Indian journal of veterinary science and animal husbandry - Volume 1,
Year: 1931
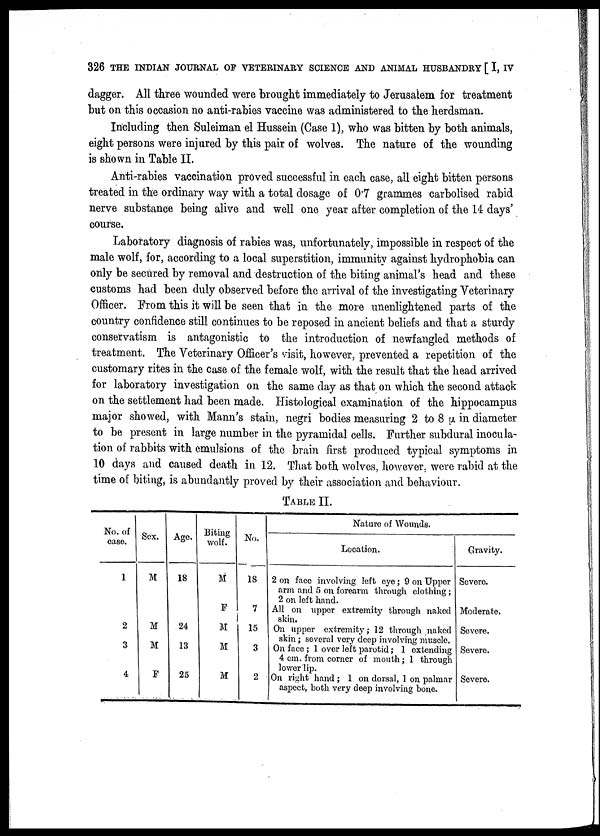
326 THE INDIAN JOURNAL OF VETERINARY SCIENCE AND ANIMAL HUSBANDRY [ I, IV
dagger. All three wounded were brought immediately to Jerusalem for treatment
but on this occasion no anti-rabies vaccine was administered to the herdsman.
Including then Suleiman el Hussein (Case 1), who was bitten by both animals,
eight persons were injured by this pair of wolves. The nature of the wounding
is shown in Table II.
Anti-rabies vaccination proved successful in each case, all eight bitten persons
treated in the ordinary way with a total dosage of 0.7 grammes carbolised rabid
nerve substance being alive and well one year after completion of the 14 days'
course.
Laboratory diagnosis of rabies was, unfortunately, impossible in respect of the
male wolf, for, according to a local superstition, immunity against hydrophobia can
only be secured by removal and destruction of the biting animal's head and these
customs had been duly observed before the arrival of the investigating Veterinary
Officer. From this it will be seen that in the more unenlightened parts of the
country confidence still continues to be reposed in ancient beliefs and that a sturdy
conservatism is antagonistic to the introduction of newfangled methods of
treatment. The Veterinary Officer's visit, however, prevented a repetition of the
customary rites in the case of the female wolf, with the result that the head arrived
for laboratory investigation on the same day as that on which the second attack
on the settlement had been made. Histological examination of the hippocampus
major showed, with Mann's stain, negri bodies measuring 2 to 8 Μ in diameter
to be present in large number in the pyramidal cells. Further subdural inocula
tion of rabbits with emulsions of the brain first produced typical symptoms in
10 days and caused death in 12. That both wolves, however, were rabid at the
time of biting, is abundantly proved by their association and behaviour.
TABLE II.
No. of
case.
1
2
3
4
Sex.
M
M
M
F
Age.
18
24
13
25
Biting
wolf.
M
F
M
M
M
No.
18
7
15
3
2
Nature of Wounds.
Location.
2 on face involving loft eye; 9 on Upper
arm and 5 on forearm through clothing;
2 on left hand.
All on upper extremity through naked
skin.
On upper extremity; 12 through naked
skin ; several very deep involving muscle.
On face ; 1 over left parotid; 1 extending
4 cm. from corner of mouth; 1 through
lower lip.
On right hand ; 1 on dorsal, 1 on palmar
aspect, both very deep involving bone.
Gravity.
Severe.
Moderate.
Severe.
Severe.
Severe.